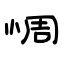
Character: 惆